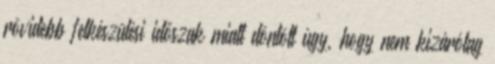
rövidebb felkészülési időszak miatt döntött úgy, hogy nem kizárólag